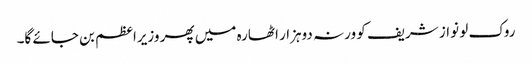
روک لو نواز شریف کو ورنہ دوہزار اٹھارہ میں پھر وزیراعظم بن جائے گا۔